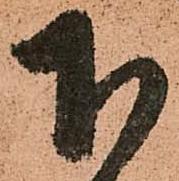
下